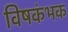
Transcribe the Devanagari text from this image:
विषकंभक